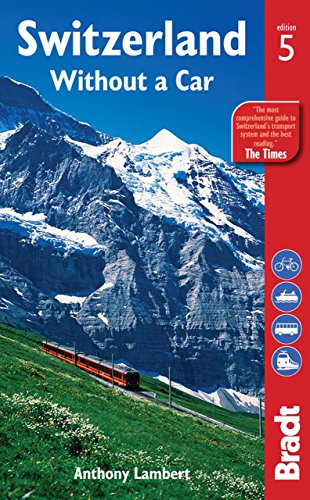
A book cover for Switzerland without a Car (Bradt Travel Guide Switzerland Without a Car); Anthony Lambert; Travel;